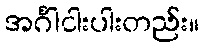
အင်္ဂါငါးပါးတည်း။